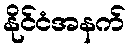
နိုင်ငံအနက်